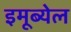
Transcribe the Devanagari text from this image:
इमूब्येल